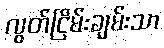
လွတ်ငြိမ်းချမ်းသာ